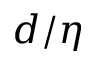
{ d / \eta }